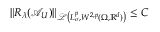
\Vert R _ { \lambda } ( \mathcal { A } _ { U } ) \Vert _ { \mathcal { L } \left( L _ { \sigma } ^ { p } , W ^ { 2 , p } ( \Omega , \mathbb { R } ^ { d } ) \right) } \leq C